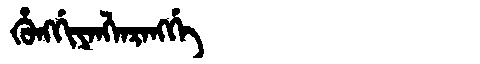
Manchu: ᡥᡠᠩᡤᡳᠶᠠᠩᠯᠠᡵᠠᠩᡤᡝ
Romanization: HUNGGIYANGLARANGGE